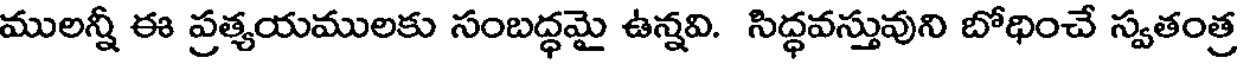
ములన్నీ ఈ ప్రత్యయములకు సంబద్ధమై ఉన్నవి. సిద్ధవస్తువుని బోధించే స్వతంత్ర